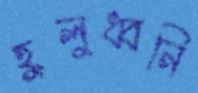
হুলুধ্বনি